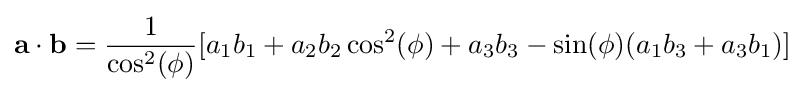
\mathbf {a} \cdot \mathbf {b} ={\frac {1}{\cos ^{2}(\phi )}}[a_{1}b_{1}+a_{2}b_{2}\cos ^{2}(\phi )+a_{3}b_{3}-\sin(\phi )(a_{1}b_{3}+a_{3}b_{1})]